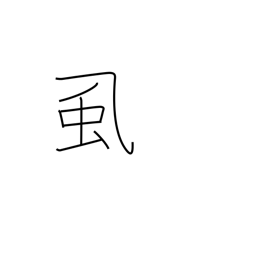
Meaning: lice